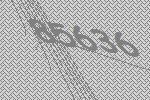
85636